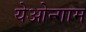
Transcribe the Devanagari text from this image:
येओन्गाम